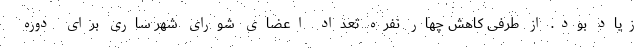
زیاد بود. از طرفی کاهش چهار نفره تعداد اعضای شورای شهر ساری برای دوره